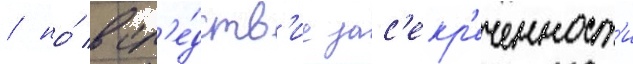
/ но́ всл'е́дств'ие зас'екр'еченност'и